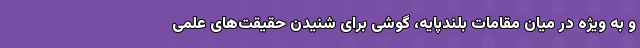
و به ویژه در میان مقامات بلندپایه، گوشی برای شنیدن حقیقت‌های علمی